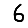
Digit: 6